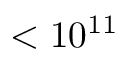
< 1 0 ^ { 1 1 }